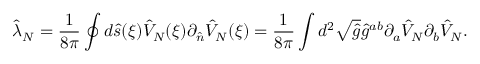
{ \hat { \lambda } _ { N } } = { \frac { 1 } { 8 \pi } } \oint { d } \hat { s } ( \xi ) { \hat { V } _ { N } } ( \xi ) { \partial _ { \hat { n } } } { \hat { V } _ { N } } ( \xi ) = { \frac { 1 } { 8 \pi } } \int { d ^ { 2 } } \sqrt { \hat { g } } { \hat { g } ^ { a b } } { \partial _ { a } } { \hat { V } _ { N } } { \partial _ { b } } { \hat { V } _ { N } } .